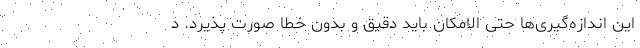
این اندازه‌گیری‌ها حتی الامکان باید دقیق و بدون خطا صورت پذیرد. د